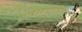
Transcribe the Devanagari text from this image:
प्रोविंशियलाइज़िंग